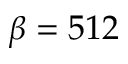
\beta = 5 1 2